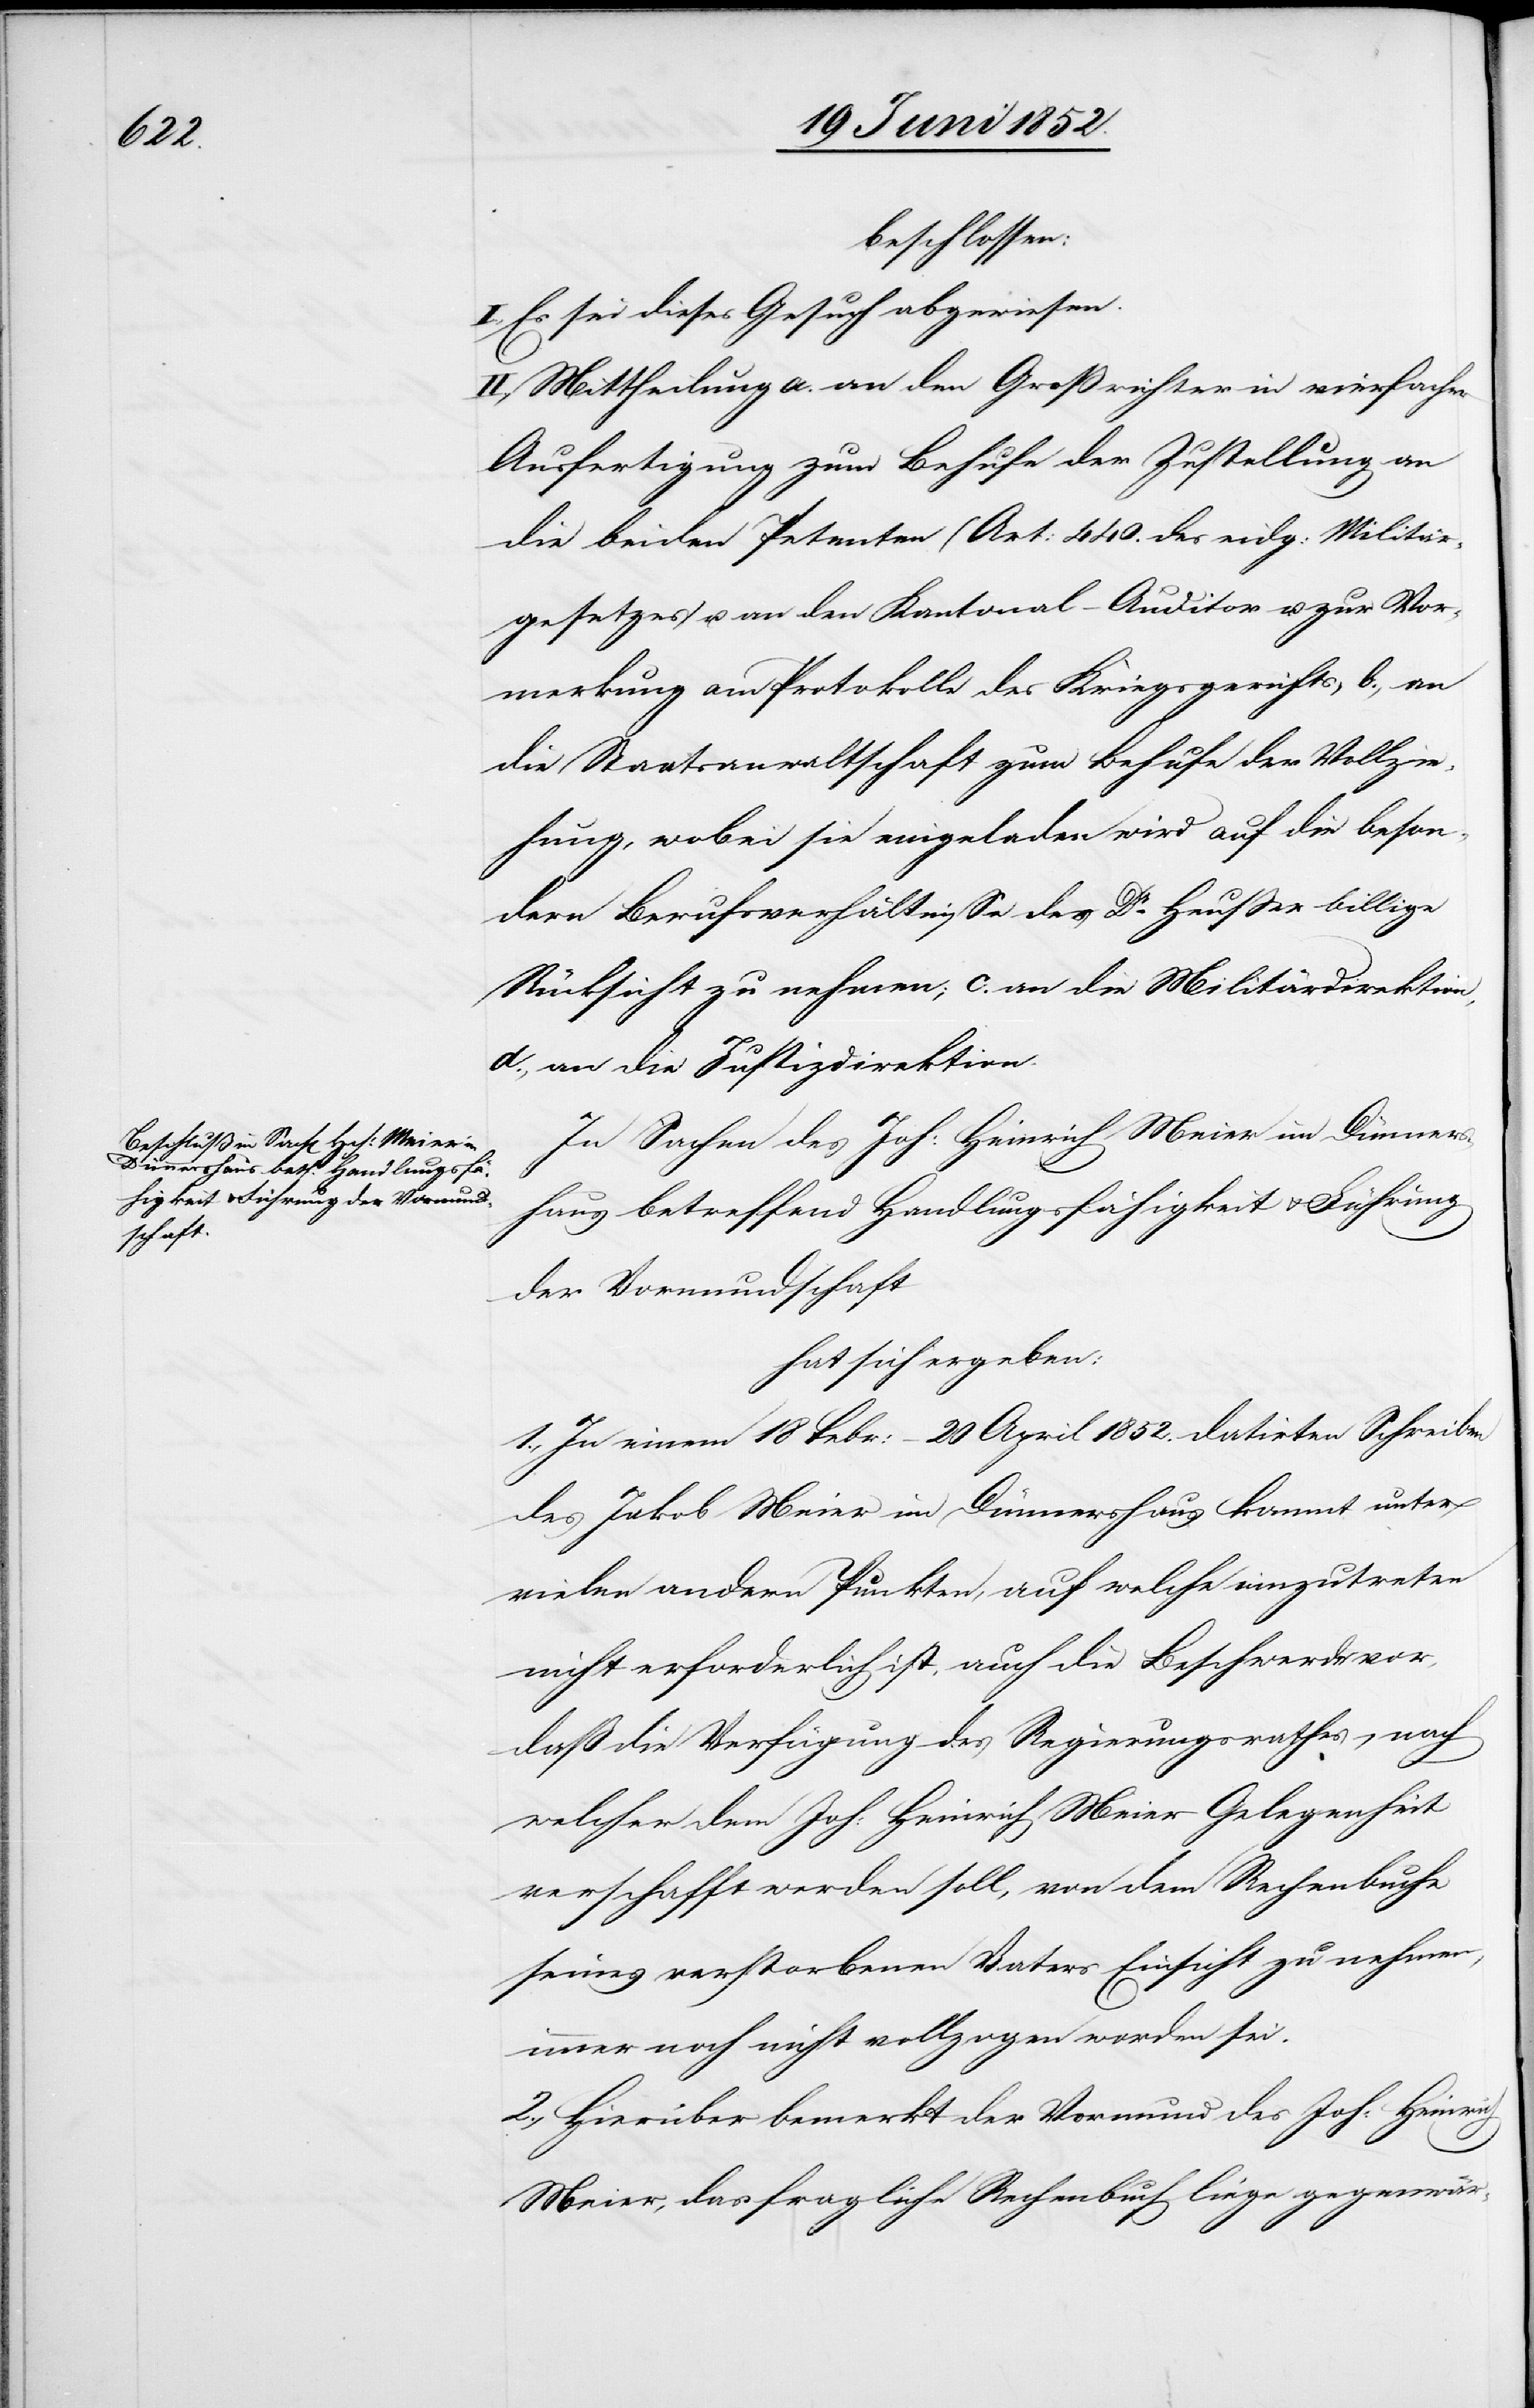
beschlossen:
I., Es sei dieses Gesuch abgewiesen.
II., Mittheilung a. an den Großrichter in vierfacher
Ausfertigung zum Behufe der Zustellung an
die beiden Petenten (Art: 440. des eidg: Militär¬
gesetzes) u. an den Kantonal-Auditor u. zur Vor¬
merkung am Protokolle des Kriegsgerichts, b., an
die Staatsanwaltschaft zum Behufe der Vollzie¬
hung, wobei sie eingeladen wird auf die beson¬
dern Berufsverhältnisse des Dr. Heusser billige
Rücksicht zu nehmen; c. an die Militärdirektion,
d., an die Justizdirektion.
In Sachen des Joh: Heinrich Meier im Dünners¬
haus betreffend Handlungsfähigkeit & Führung
der Vormundschaft
hat sich ergeben:
1., In einem 18 Febr: – 20 April 1852. datirten Schreiben
des Jakob Meier im Dünnershaus kommt unter
vielen andern Punkten, auf welche einzutreten
nicht erforderlich ist, auch die Beschwerde vor,
daß die Verfügung des Regierungsrathes, nach
welcher dem Joh: Heinrich Meier Gelegenheit
verschafft werden soll, von dem Rechenbuche
seines verstorbenen Vaters Einsicht zu nehmen,
immer noch nicht vollzogen worden sei.
2., Hierüber bemerkt der Vormund des Joh: Heinri¬
ch
Meier, das fragliche Rechenbuch liege gegenwär-